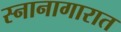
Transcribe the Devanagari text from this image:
स्नानागारात